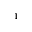
^ { 1 }